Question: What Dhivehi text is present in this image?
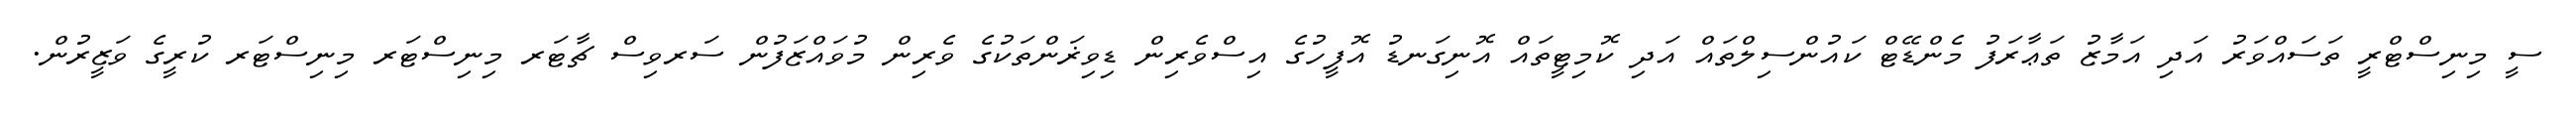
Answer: ސީ މިނިސްޓްރީ ތަސައްވަރު އަދި އަމާޒު ތަޢާރަފު މެންޑޭޓް ކައުންސިލްތައް އަދި ކޮމިޓީތައް އޮނިގަނޑު އޮފީހުގެ އިސްވެރިން ޑިވިޜަންތަކުގެ ވެރިން މުވައްޒަފުން ސަރވިސް ޗާޓަރ މިނިސްޓަރ މިނިސްޓަރ ކުރީގެ ވަޒީރުން.